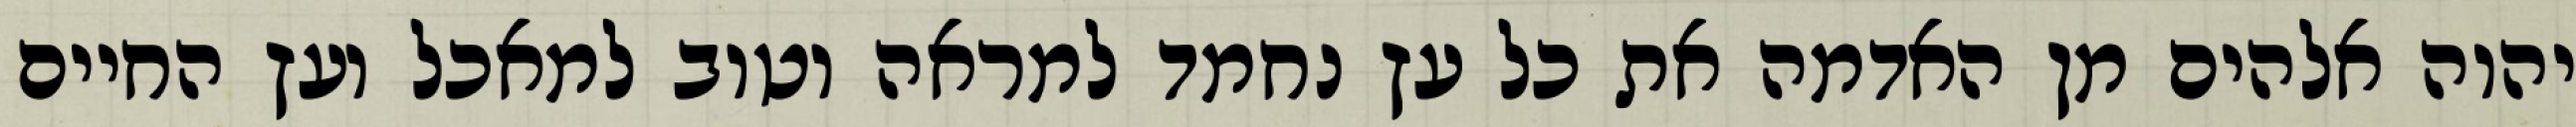
יהוה אלהים מן האדמה את כל עץ נחמד למראה וטוב למאכל ועץ החיים